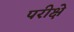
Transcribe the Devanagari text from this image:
परीक्षे